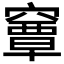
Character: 𥨎